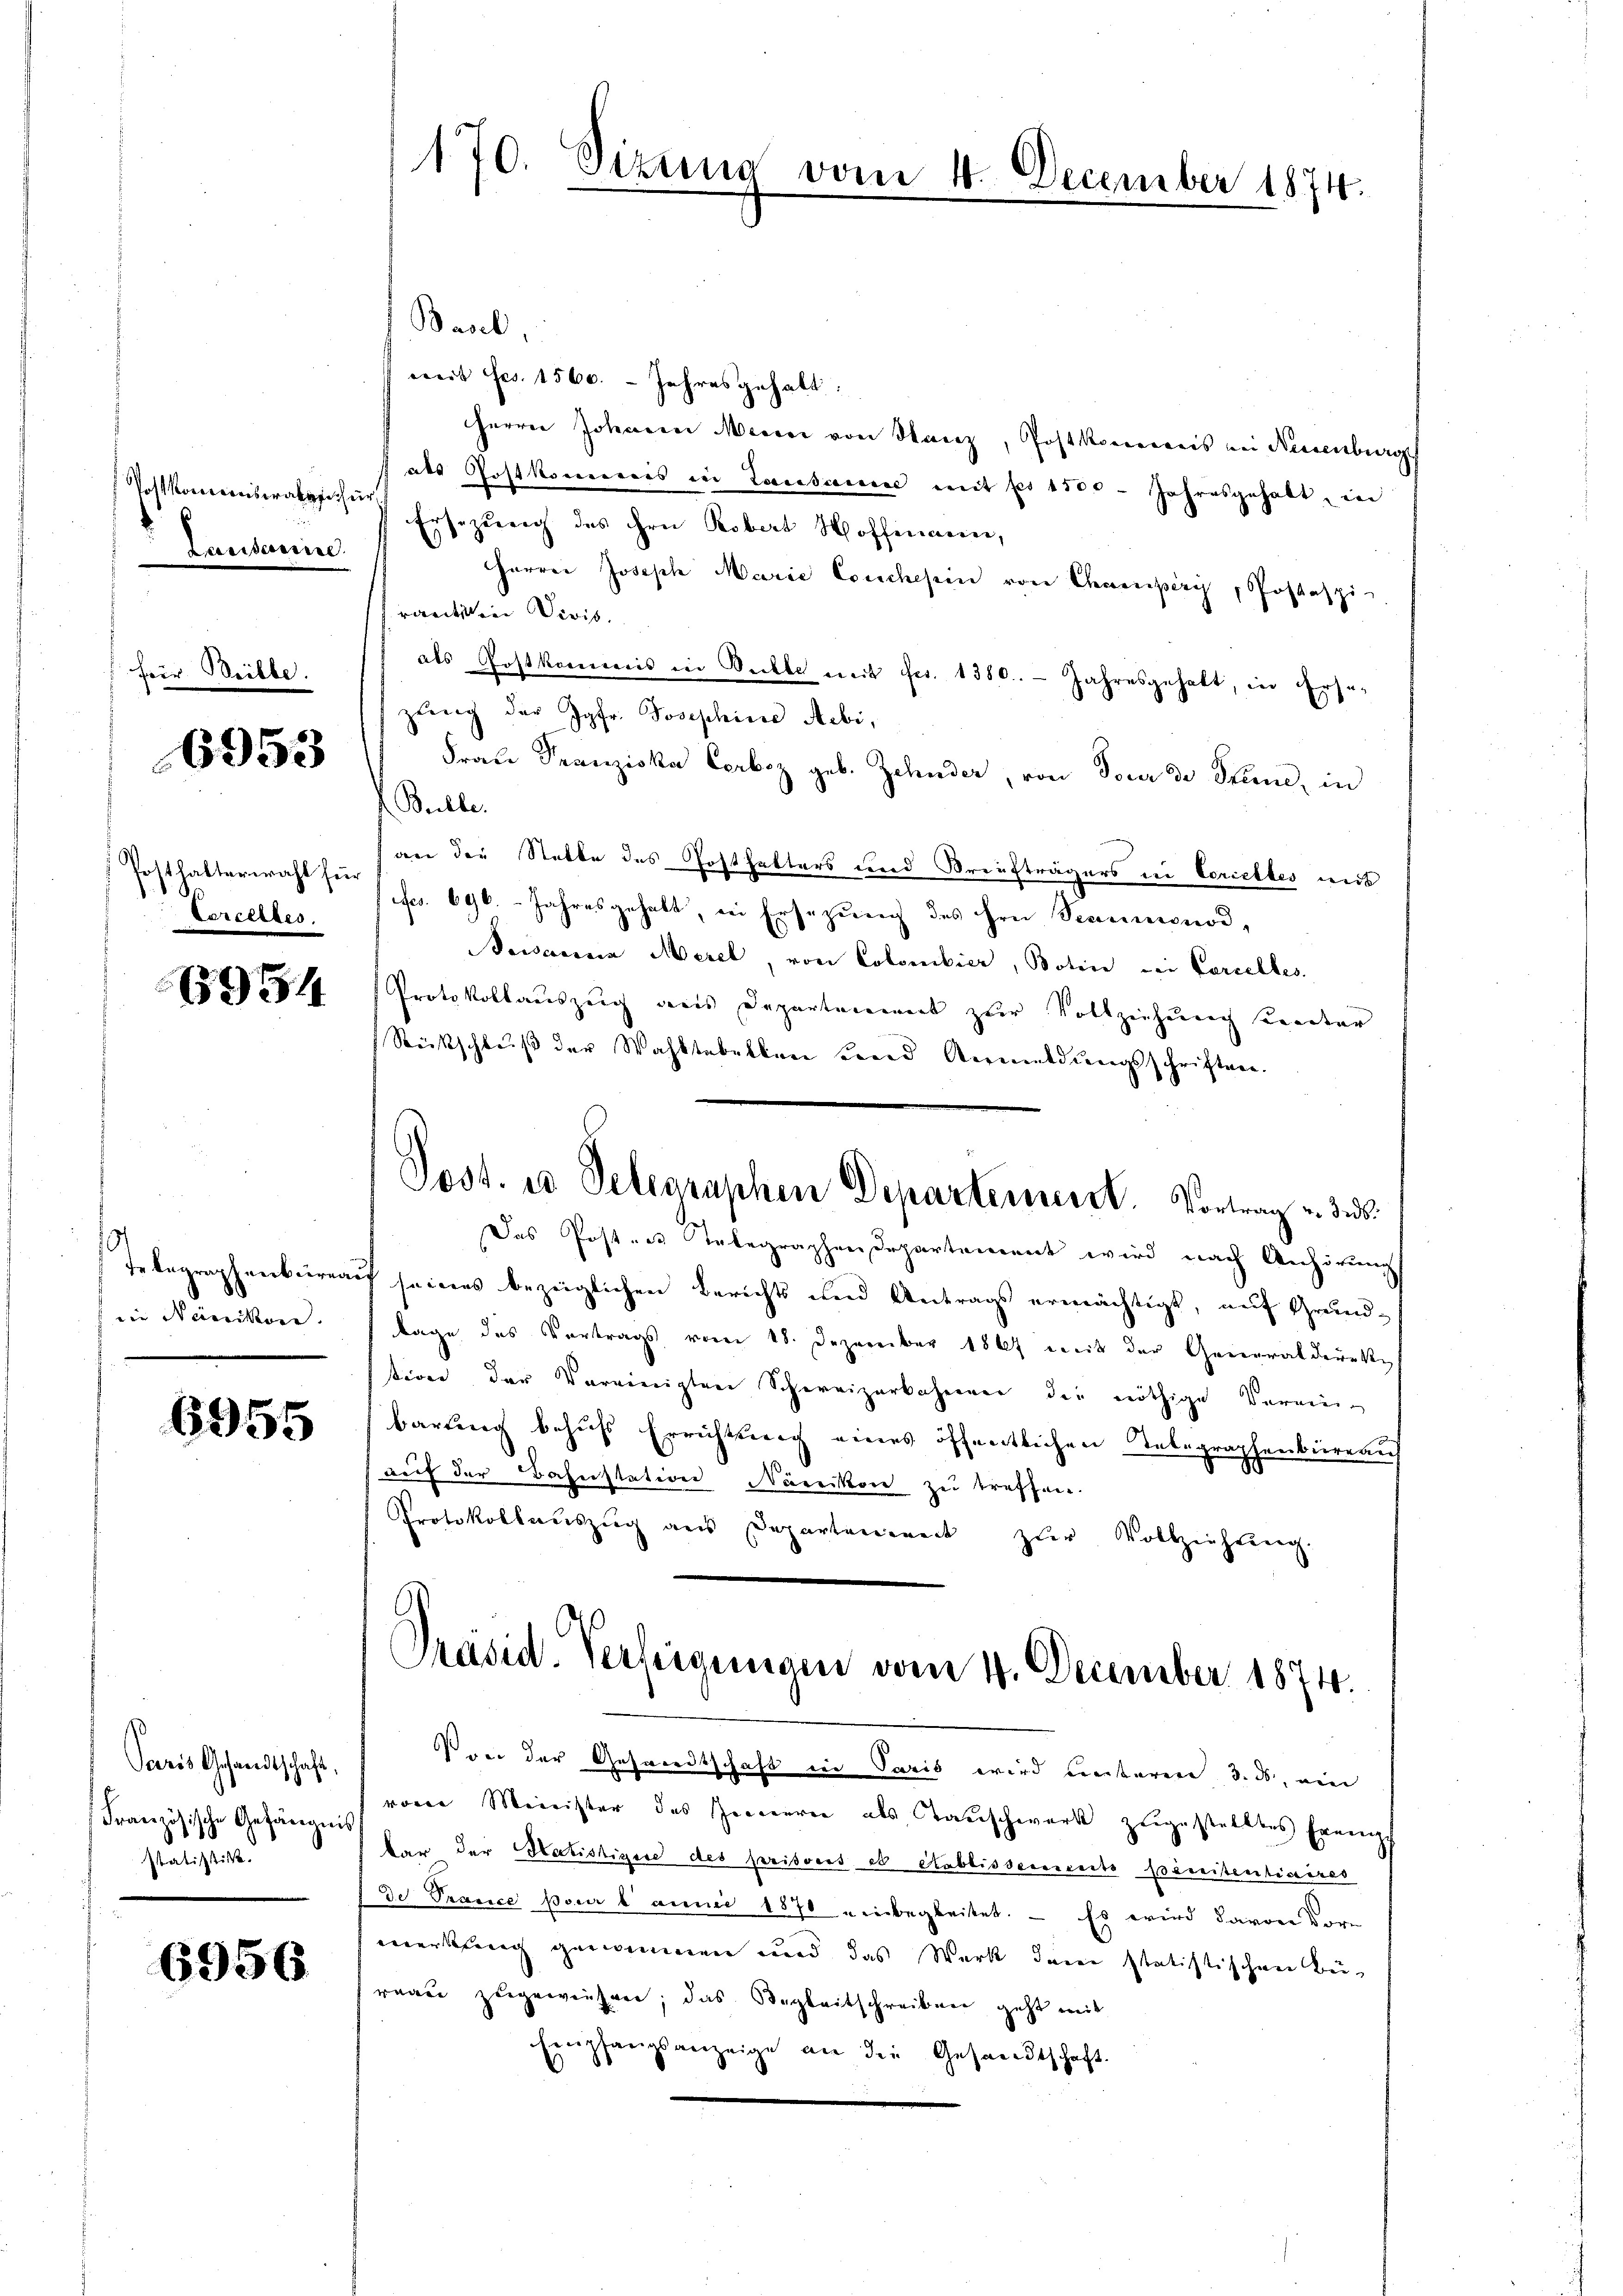
Postkomiseratur
Lausanne.

für Weilte.

6953

Posthalterwahl für
Lercelles.

6954

die Nänikon.

6955

Paris Gesandtschaft,
Französische Gefängnis
statistik.

6956

170. Sizung vom

Basel,
weit Frs. 1560. - Jahresgehalt:
Herrn Johanen Meien von Manz, Postkorweis bei Neuenburg
als Postkommis in Lausanne mit per 1500. Jahresgehalt, in
Ersezung des ihre Robert Hoffenweine,
Herrei Joseph Marie Conchesein von Chaperg, Postspie
rantichen Divis.
als Postkommis in Rückte mit fr. 1380. Jahresgehalt, in Erse-
zung der Jgfr. Josephine Aebi,
Frau Franziska Čerboz geb. Zehnder, von Tour de Stund, in
Bulle.
an der Stette des Postfetters und Draufträgers in Corielles mit
fr. 696. Jahresgehalt, in Ersezung des hrn. Stammonod,
Saiserrena Merel, von Colombier, Boten bei Carcelles.
Protokollauszug aus Departement zur Vollziehung Kenter
Rückschluß der Wahltabellen Land Anmeldungsschriften.
Das Postens Telegraphen Departement wird nach Anhörung
Telegraphenbureau seines bezüglichen Berichts und Antrags ermächtigt, auf Grundlage des Vortrags vom 18. Dezember 1867 mit der Generaldireksiren der Vereinigten Schweizerbahrenen die nöthige Verein-
bartung behufs Errichtung eines öffentlichen Telegraphenbüreaus
auf der Bahnstation Norikon zu treffen.
Protokollauszug aus Departennert zŭr Vollziehŭng.
Präsid. Verfügungen vom 14. December 1874.
Pree der Gesandtschaft in Paris wird unteren 3. ds, ein
vone Minister des Genieuren als Tauschwerk zugestelltes Ereigber der Statistigere des prisoris et établissement poinitentiaires
de Prance pour launi 1870 einbegleitet. — Es wird davon Vormerkung genommen und das Werk den statistischen Bei-
raate zugewiesen; das Wegleitschreiben geht mit
Empfangsanzeige an die Gesandtschaft.

.

Post. u Delegraphen Departement. Vortrag v. Js.

December 1874.